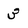
Character: 3